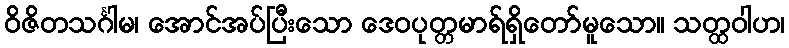
ဝိဇိတသင်္ဂါမ၊ အောင်အပ်ပြီးသော ဒေဝပုတ္တမာရ်ရှိတော်မူသော။ သတ္ထဝါဟ၊